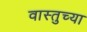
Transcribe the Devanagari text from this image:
वास्तुच्या